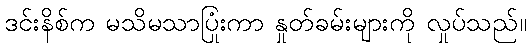
ဒင်းနိစ်က မသိမသာပြုံးကာ နှုတ်ခမ်းများကို လှုပ်သည်။